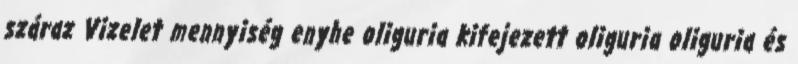
száraz Vizelet mennyiség enyhe oliguria kifejezett oliguria oliguria és